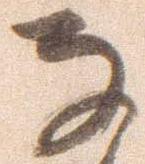
な